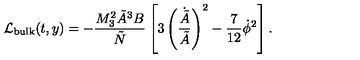
{ \cal L } _ { \mathrm { b u l k } } ( t , y ) = - { \frac { M _ { 3 } ^ { 2 } \tilde { A } ^ { 3 } B } { \tilde { N } } } \left[ 3 \left( { \frac { \dot { \tilde { A } } } { \tilde { A } } } \right) ^ { 2 } - { \frac { 7 } { 1 2 } } \dot { \phi } ^ { 2 } \right] .